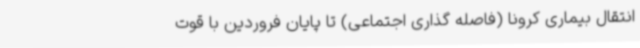
انتقال بیماری کرونا (فاصله گذاری اجتماعی) تا پایان فروردین با قوت